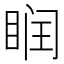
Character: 𥆧